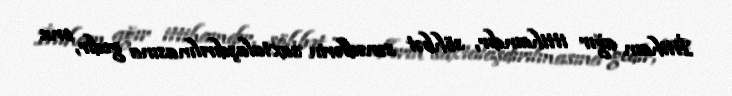
İttiham ağır ittihamdır, söhbət sənədlərin saxtalaşdırılmasına gedir, onu